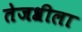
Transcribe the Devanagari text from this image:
तेजश्रीला